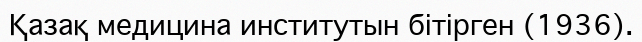
Қазақ медицина институтын бітірген (1936).